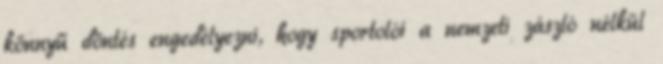
könnyű döntés engedélyezni, hogy sportolói a nemzeti zászló nélkül